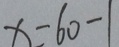
x = 6 0 - 1